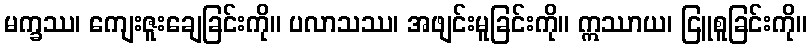
မက္ခဿ၊ ကျေးဇူးချေခြင်းကို။ ပလာသဿ၊ အဖျင်းမူခြင်းကို။ ဣဿာယ၊ ငြူစူခြင်းကို။